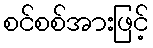
စင်စစ်အားဖြင့်